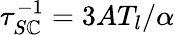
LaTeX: \tau_{S\mathbb{C}}^{-1}=3AT_{l}/\alpha